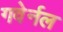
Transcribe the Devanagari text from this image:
गवेर्नल